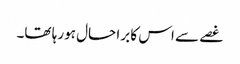
غصے سے اس کا برا حال ہورہا تھا۔